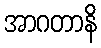
အာဂတာနိ